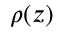
\rho ( z )